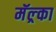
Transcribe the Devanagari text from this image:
मॅल्र्का